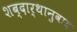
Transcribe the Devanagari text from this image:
शब्दार्थानुवाद